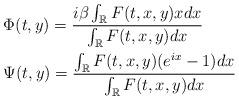
LaTeX: \begin{align*}&\Phi(t,y)= \frac{i\beta \int_{\mathbb{R}} F(t,x,y) x dx}{\int_{\mathbb{R}} F(t,x,y) dx}\\&\Psi(t,y) = \frac{\int_{\mathbb{R}} F(t,x,y) (e^{ix}-1)dx}{\int_{\mathbb{R}} F(t,x,y) dx}\\\end{align*}